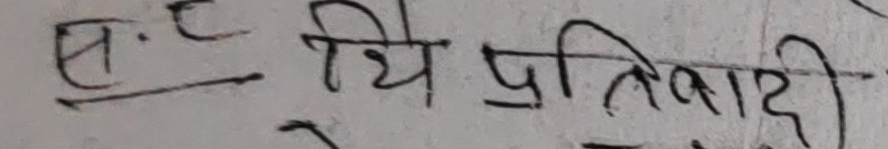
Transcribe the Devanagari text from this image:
ए  थे प्रतिवादी